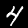
Digit: 4